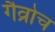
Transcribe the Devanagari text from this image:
गैव्रोच